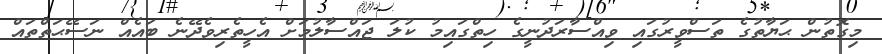
މިގޮތުން ޙަޔާތުގެ ތަސްވީރުގައި ވިއްސާރަދުނީގެ ހިތްގައިމު ކުލަ ޖައްސާލުމަށް އެހީތެރިވެދޭނެ ބައެއް ނަސޭޙަތްތައް